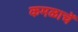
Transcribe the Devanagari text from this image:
कमळाचें